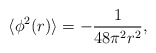
\begin{align*}\langle\phi ^{2}(r)\rangle=-\frac{1}{48\pi^{2}r^{2}},\end{align*}